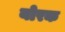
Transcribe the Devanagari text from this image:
योरक